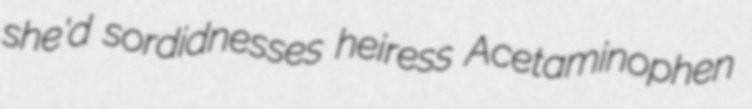
she'd sordidnesses heiress Acetaminophen